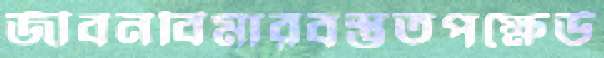
জীবনবিমারবস্তুতপক্ষেউ